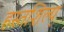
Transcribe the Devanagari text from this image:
हस्तशिल्प्